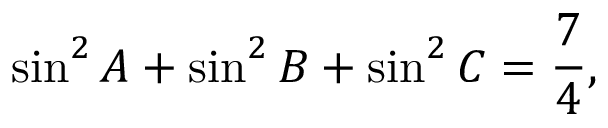
\sin ^ { 2 } A + \sin ^ { 2 } B + \sin ^ { 2 } C = { \frac { 7 } { 4 } } ,